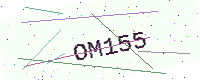
Text: OM155